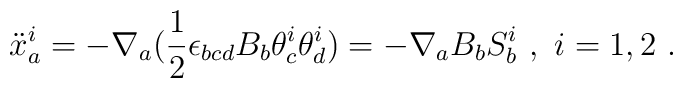
{\ddot{x}}_{a}^{i} = - \nabla_{a} (\frac{1}{2} \epsilon_{bcd} B_{b}\theta_{c}^{i} \theta_{d}^{i}) = -\nabla_{a}B_{b}S_{b}^{i} \ , \ i=1,2\ .